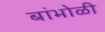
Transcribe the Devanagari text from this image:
बांभोळी